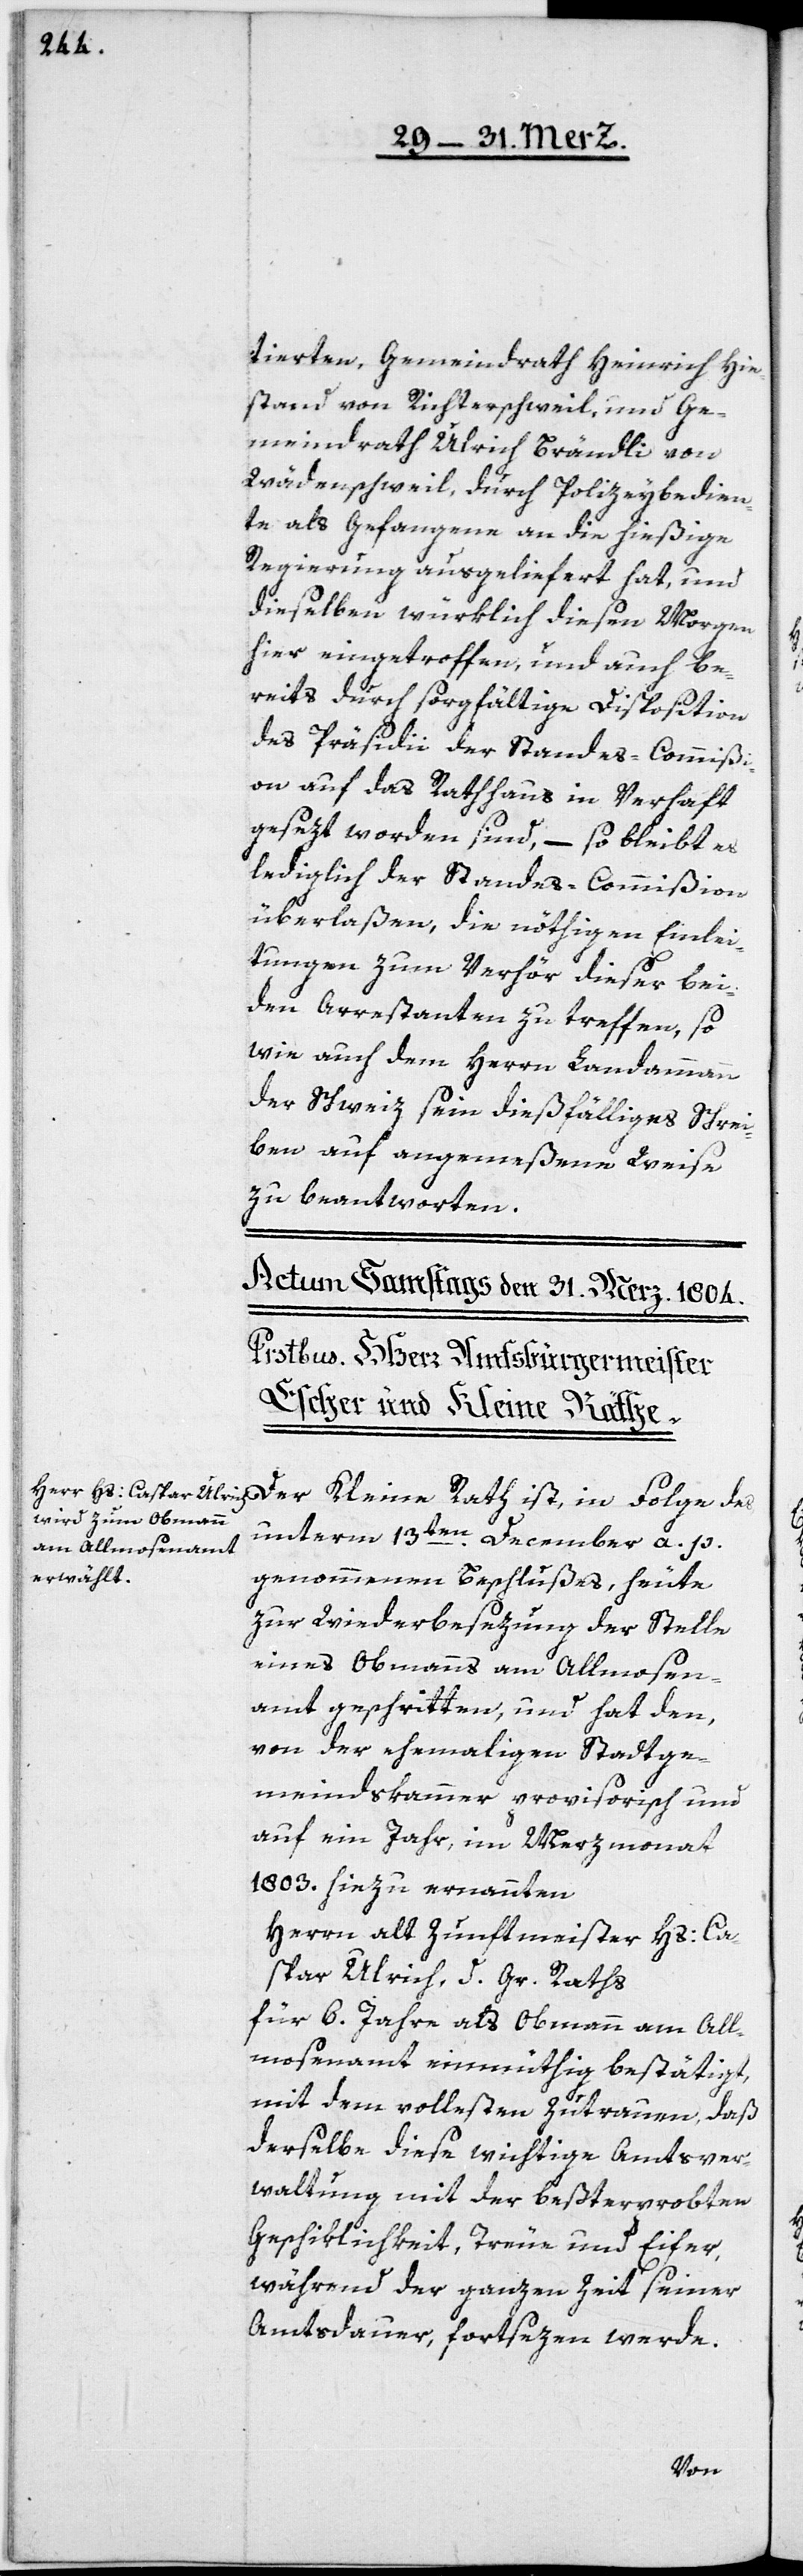
tierten, Gemeindrath Heinrich Hie¬
stand von Richterschweil, und Ge¬
meindrath Ulrich Brändli von
Wädenschweil, durch Polizeybedien¬
te als Gefangene an die hießige
Regierung ausgeliefert hat, und
dieselben würklich diesen Morgen
hier eingetroffen, und auch be¬
reits durch sorgfältige Disposition
des Präsidii der Standes-Commißi¬
on auf das Rathhaus in Verhaft
gesezt worden sind, – so bleibt es
lediglich der Standes-Commißion
überlaßen, die nöthigen Einlei¬
tungen zum Verhör dieser bei¬
den Arrestanten zu treffen, so
wie auch dem Herrn Landammann
der Schweiz sein dießfälliges Schrei¬
ben auf angemeßene Weise
zu beantworten.
unterm 13ten December a. p.
genommenen Beschlußes, heute
zu Wiederbesezung der Stelle
eines Obmanns am Almosen¬
amt geschritten, und hat den,
von der ehemaligen Stadtge¬
meindskammer provisorisch und
auf ein Jahr, im Merzmonat
1803. hiezu ernannte
Herrn alt Zunftmeister Hs: Ca¬
spar Ulrich, d. Gr. Raths
für 6. Jahre als Obmann am All¬
mosenamt einmüthig bestätigt,
mit dem vollsten Zutrauen, daß
derselbe diese wichtige Amtsver¬
waltung mit der beßterprobten
Geschiklichkeit, Treue und Eifer,
während der ganzen Zeit seiner
Amtsdauer fortsezen werde.